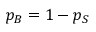
p _ { B } = 1 - p _ { S }